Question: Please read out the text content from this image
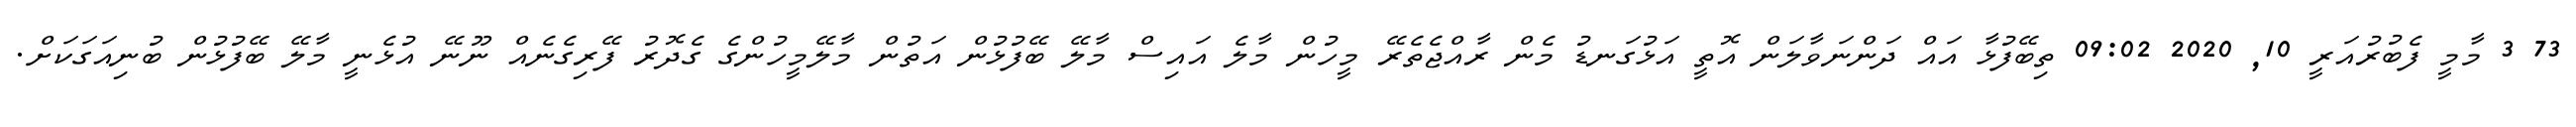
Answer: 73 3 މާމީ ފެބުރުއަރީ 10, 2020 09:02 ތިބޭފުޅާ އައް ދަންނަވާލަން އޮތީ އަޅުގަނޑު މެން ރާއްޖެތެރޭ މީހުން މާލެ އައިސް މާލޭ ބޭފުޅުން އަތުން މާލޭމީހުންގެ ގެދޮރު ފޭރިގެނެއް ނޫނޭ އުޅެނީ މާލޭ ބޭފުޅުން ބުނިއަގަކަށް.